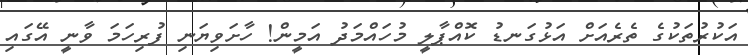
އަކުރުތަކުގެ ތެރެއަށް އަޅުގަނޑު ކޮއްޕާލީ މުހައްމަދު އަމީން! ހާށަވިޔަނި ފުރިހަމަ ވާނީ އޭގައި